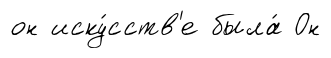
он иску́сств'е была́ Он